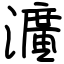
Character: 瀇